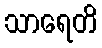
သာရေတိ